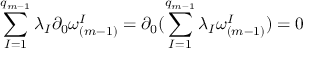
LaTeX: \sum _ { I = 1 } ^ { q _ { m - 1 } } \lambda _ { I } \partial _ { 0 } \omega _ { ( m - 1 ) } ^ { I } = \partial _ { 0 } ( \sum _ { I = 1 } ^ { q _ { m - 1 } } \lambda _ { I } \omega _ { ( m - 1 ) } ^ { I } ) = 0